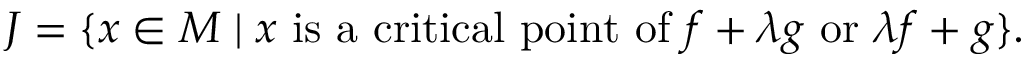
J = \{ x \in M \mid x { \mathrm { ~ i s ~ a ~ c r i t i c a l ~ p o i n t ~ o f ~ } } f + \lambda g { \mathrm { ~ o r ~ } } \lambda f + g \} .